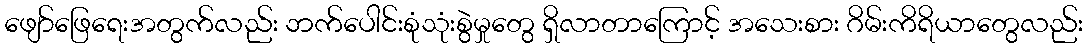
ဖျော်ဖြေရေးအတွက်လည်း ဘက်ပေါင်းစုံသုံးစွဲမှုတွေ ရှိလာတာကြောင့် အသေးစား ဂိမ်းကိရိယာတွေလည်း